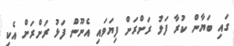
ގައި ބަޔާން ކުރާ ފަޅު ރަށްރަށް ފިޔަވައި އެނޫން ފަޅު ރަށްރަށް އެކި